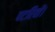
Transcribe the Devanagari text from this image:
पटरियों।